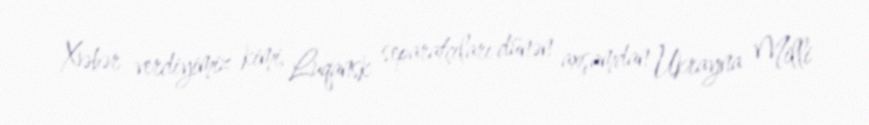
Xəbər verdiyimiz kimi, Luqansk separatçıları dünən axşamdan Ukrayna Milli